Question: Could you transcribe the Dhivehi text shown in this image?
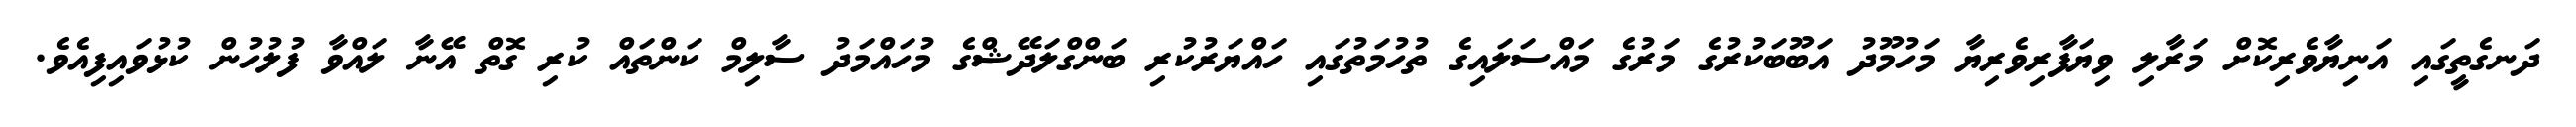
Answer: ދަނގެތީގައި އަނިޔާވެރިކޮށް މަރާލި ވިޔަފާރިވެރިޔާ މަހުމޫދު އަބޫބަކުރުގެ މަރުގެ މައްސަލައިގެ ތުހުމަތުގައި ހައްޔަރުކުރި ބަންގްލަދޭޝްގެ މުހައްމަދު ސާލިމް ކަންތައް ކުރި ގޮތް އޭނާ ލައްވާ ފުލުހުން ކުޅުވައިފިއެވެ.